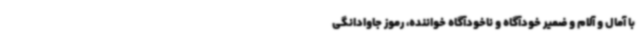
با آمال و آلام و ضمیر خودآگاه و ناخودآگاه خواننده، رموز جاوادانگی